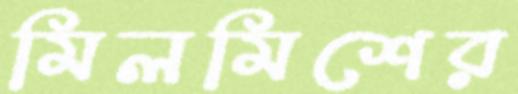
মিলমিশের